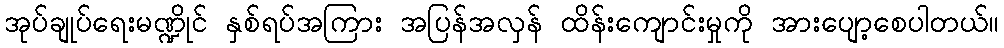
အုပ်ချုပ်ရေးမဏ္ဍိုင် နှစ်ရပ်အကြား အပြန်အလှန် ထိန်းကျောင်းမှုကို အားပျော့စေပါတယ်။